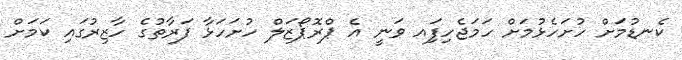
ކެނޑުމަށް ހުށަހެޅުމަށް ހަމަޖެހިފަިއ ވަނީ އެ ޕްރޮޕޯޒަލް ހުށަހަޅާ ފަރާތުގެ ހާޒިރުގައި ކަމަށް